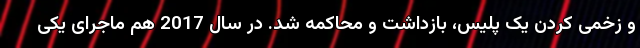
و زخمی کردن یک پلیس، بازداشت و محاکمه شد. در سال 2017 هم ماجرای یکی